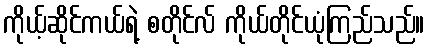
ကိုယ့်ဆိုင်ကယ်ရဲ့ စတိုင်လ် ကိုယ်တိုင်ယုံကြည်သည်။